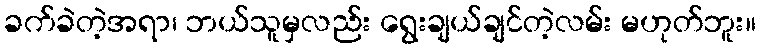
ခက်ခဲတဲ့အရာ၊ ဘယ်သူမှလည်း ရွေးချယ်ချင်တဲ့လမ်း မဟုတ်ဘူး။